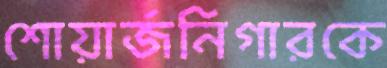
শোয়ার্জনিগারকে